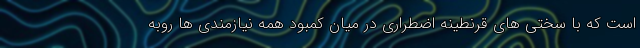
است که با سختی های قرنطینه اضطراری در میان کمبود همه نیازمندی ها روبه